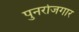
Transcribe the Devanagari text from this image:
पुनर्रोजगार